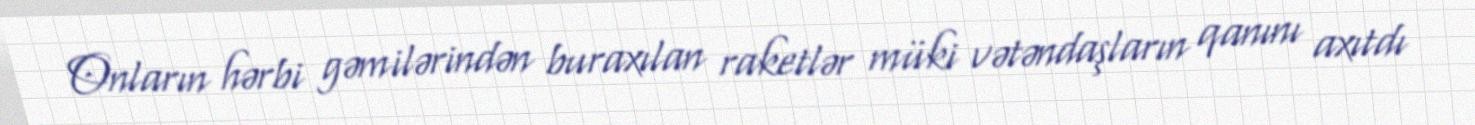
Onların hərbi gəmilərindən buraxılan raketlər müki vətəndaşların qanını axıtdı